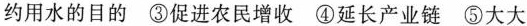
约用水的目的③促进农民增收④延长产业链⑤大大